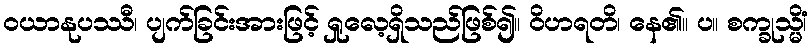
ဝယာနုပဿီ၊ ပျက်ခြင်းအားဖြင့် ရှုလေ့ရှိသည်ဖြစ်၍။ ဝိဟရတိ၊ နေ၏။ ပ။ စက္ခုသ္မိံ၊